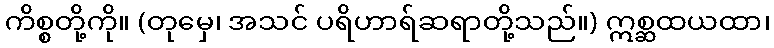
ကိစ္စတို့ကို။ (တုမှေ၊ အသင် ပရိဟာရ်ဆရာတို့သည်။) ဣစ္ဆထယထာ၊